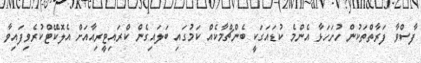
ފާސްވާ ފަރާތްތަކުން ހުށަހަޅާ އެންމެ ކުޑައަގަކީ ބެންޗްމާކެއް ކަމުގައި ބަލައިގެން ކްރައިޓީރިއާއަށް އެލޮކޭޓްކުރެވިފައިވާ